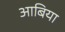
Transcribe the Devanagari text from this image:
आबिया